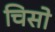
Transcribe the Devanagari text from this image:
चिसो